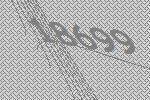
18699